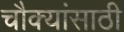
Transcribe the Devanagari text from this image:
चौक्यांसाठी